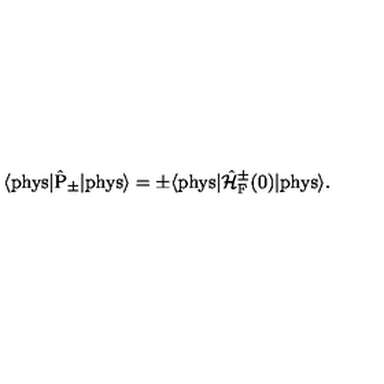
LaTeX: \langle \mathrm { p h y s } | \hat { \mathrm { P } } _ { \pm } | \mathrm { p h y s } \rangle = \pm \langle \mathrm { p h y s } | \hat { \cal H } _ { \mathrm { F } } ^ { \pm } ( 0 ) | \mathrm { p h y s } \rangle .